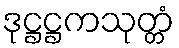
ဒုဋ္ဌဋ္ဌကသုတ္တံ